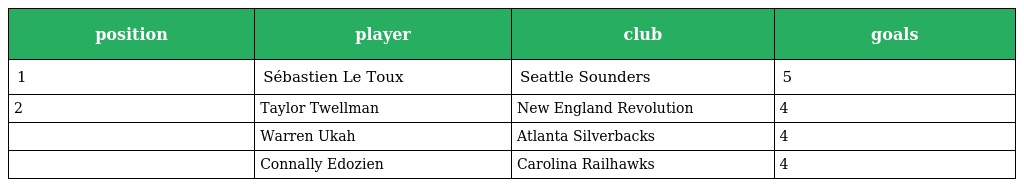
| position | player | club | goals |
 | --- | --- | --- | --- |
 | 1 | Sébastien Le Toux | Seattle Sounders | 5 |
 | 2 | Taylor Twellman | New England Revolution | 4 |
 |  | Warren Ukah | Atlanta Silverbacks | 4 |
 |  | Connally Edozien | Carolina Railhawks | 4 |